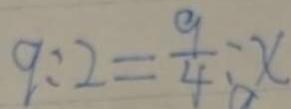
9 : 2 = \frac { 9 } { 4 } : x